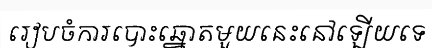
រៀបចំការបោះឆ្នោតមួយនេះនៅឡើយទេ